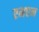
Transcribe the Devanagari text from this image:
एमएन